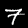
Digit: 7